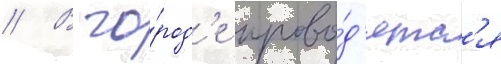
// В го́род'е прово́д'ятс'я